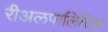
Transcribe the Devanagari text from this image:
रीअलपालिटिक